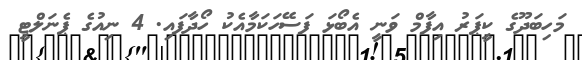
މަހިބަދޫގެ ކީޕަރު އިފާމް ވަނީ އެބޯޅަ ފަސޭހަކަމާއެކު ހޯދާފައި. 4 ނިއުގެ ޕެނަލްޓީ